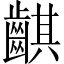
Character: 䶞